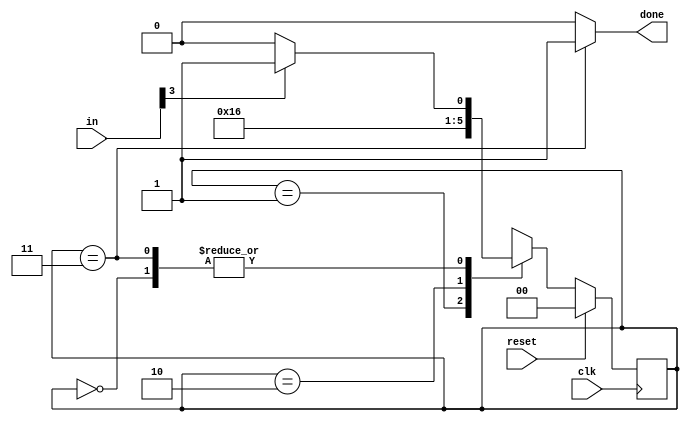
module top_module(
    input clk,
    input [7:0] in,
    input reset,    // Synchronous reset
    output done); //
    parameter Byte1=2'd0,Byte2=2'd1,Byte3=2'd2,Done=2'd3;
    reg [1:0] state,next_state;
    // State transition logic (combinational)
    always@(*)
        begin
            case(state)
                2'd0: next_state<=(in[3] == 1'b1)?Byte2:Byte1;
                2'd1: next_state<=Byte3;
                2'd2: next_state<=Done;
                2'd3: next_state<=(in[3] == 1'b1)?Byte2:Byte1;
                default: next_state<=Byte1;
            endcase
        end
    // State flip-flops (sequential)
    always@(posedge clk)
        begin
            if(reset) state<=Byte1;
            else state<=next_state;
        end
 
    // Output logic
    assign done = (state == Done)?1'b1:1'b0;
endmodule